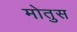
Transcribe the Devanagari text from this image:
मोतुस